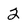
Character: 2